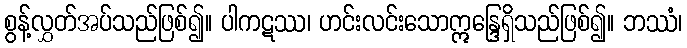
စွန့်လွှတ်အပ်သည်ဖြစ်၍။ ပါကဋဿ၊ ဟင်းလင်းသောဣန္ဒြေရှိသည်ဖြစ်၍။ ဘဿံ၊